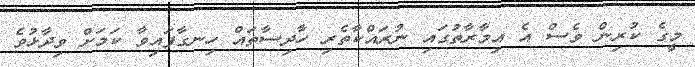
މީގެ ކުރިން ވެސް އެ އިމާރާތުގައި ނުރައްކާތެރި ހާދިސާތައް ހިނގާފައިވާ ކަމަށް ވިދާޅުވެ